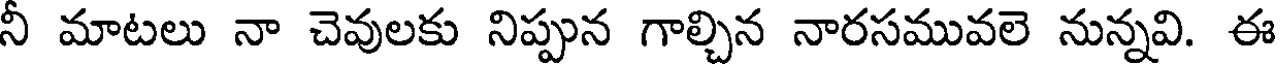
నీ మాటలు నా చెవులకు నిప్పున గాల్చిన నారసమువలె నున్నవి. ఈ